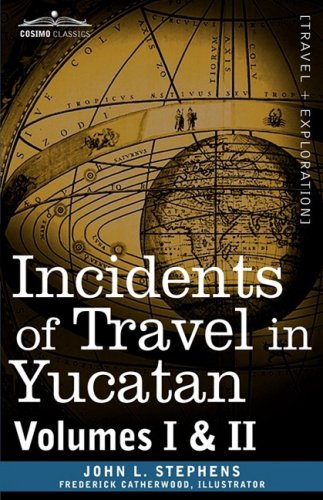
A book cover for Incidents of Travel in Yucatan, Vols. I and II (Cosimo Classics); John Lloyd Stephens; Travel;